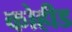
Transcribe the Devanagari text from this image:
कोहीड